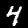
Digit: 4